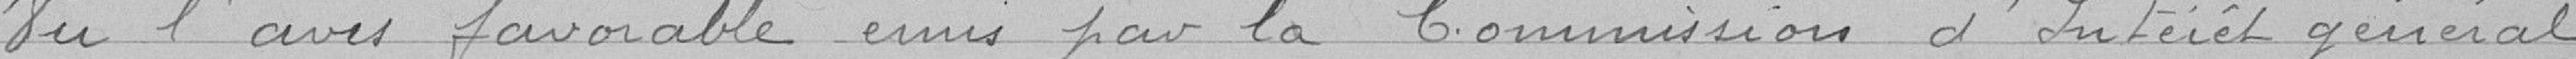
Vu l'avis favorable émis par la Commission d'Intérêt général